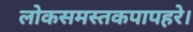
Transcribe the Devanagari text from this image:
लोकसमस्तकपापहरे।